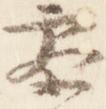
参